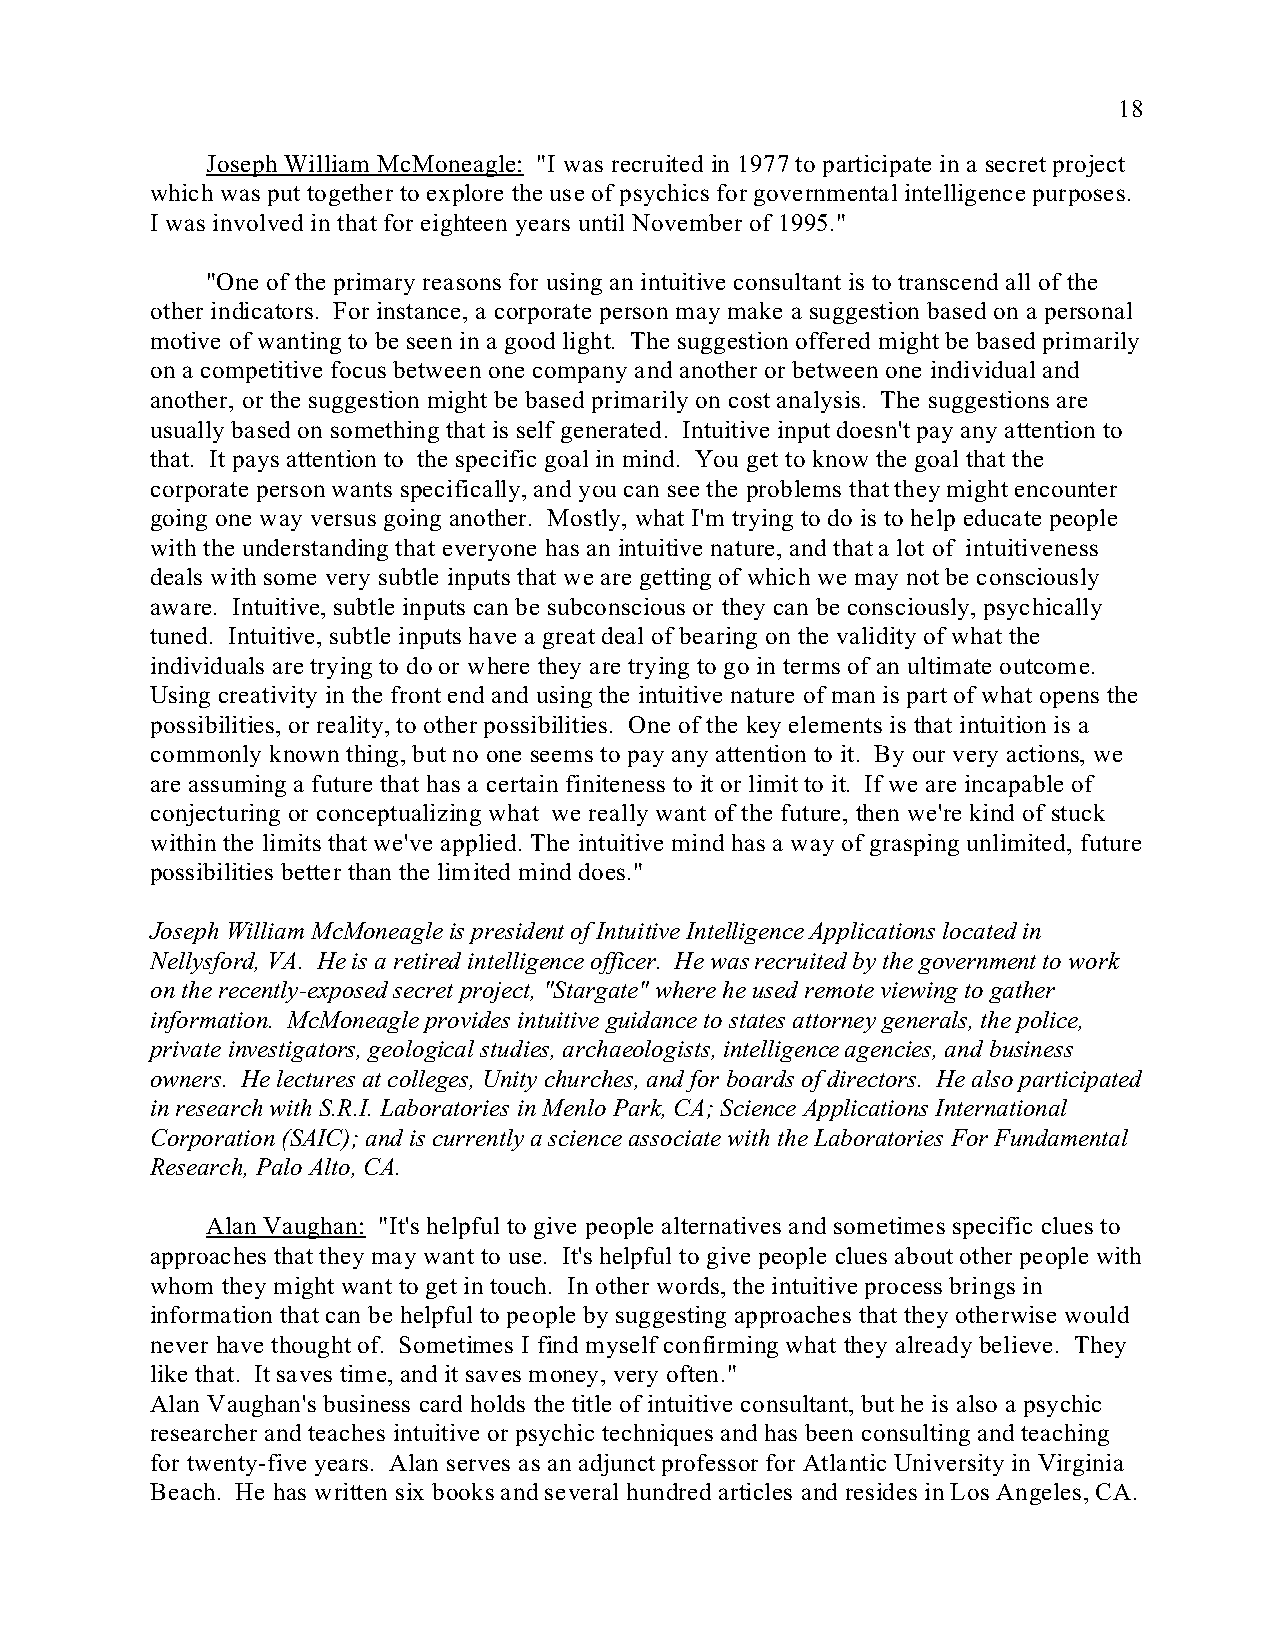
18
 Joseph William McMoneagle: "I was recruited in 1977 to participate in a secret project
 which was put together to explore the use of psychics for governmental intelligence purposes.
 I was involved in that for eighteen years until November of 1995."
 "One of the primary reasons for using an intuitive consultant is to transcend all of the
 other indicators. For instance, a corporate person may make a suggestion based on a personal
 motive of wanting to be seen in a good light. The suggestion offered might be based primarily
 on a competitive focus between one company and another or between one individual and
 another, or the suggestion might be based primarily on cost analysis. The suggestions are
 usually based on something that is self generated. Intuitive input doesn't pay any attention to
 that. It pays attention to the specific goal in mind. You get to know the goal that the
 corporate person wants specifically, and you can see the problems that they might encounter
 going one way versus going another. Mostly, what I'm trying to do is to help educate people
 with the understanding that everyone has an intuitive nature, and that a lot of intuitiveness
 deals with some very subtle inputs that we are getting of which we may not be consciously
 aware. Intuitive, subtle inputs can be subconscious or they can be consciously, psychically
 tuned. Intuitive, subtle inputs have a great deal of bearing on the validity of what the
 individuals are trying to do or where they are trying to go in terms of an ultimate outcome.
 Using creativity in the front end and using the intuitive nature of man is part of what opens the
 possibilities, or reality, to other possibilities. One of the key elements is that intuition is a
 commonly known thing, but no one seems to pay any attention to it. By our very actions, we
 are assuming a future that has a certain finiteness to it or limit to it. If we are incapable of
 conjecturing or conceptualizing what we really want of the future, then we're kind of stuck
 within the limits that we've applied. The intuitive mind has a way of grasping unlimited, future
 possibilities better than the limited mind does."
 Joseph William McMoneagle is president of Intuitive Intelligence Applications located in
 Nellysford, VA. He is a retired intelligence officer. He was recruited by the government to work
 on the recently-exposed secret project, "Stargate" where he used remote viewing to gather
 information. McMoneagle provides intuitive guidance to states attorney generals, the police,
 private investigators, geological studies, archaeologists, intelligence agencies, and business
 owners. He lectures at colleges, Unity churches, and for boards of directors. He also participated
 in research with S.R.I. Laboratories in Menlo Park, CA; Science Applications International
 Corporation (SAIC); and is currently a science associate with the Laboratories For Fundamental
 Research, Palo Alto, CA.
 Alan Vaughan: "It's helpful to give people alternatives and sometimes specific clues to
 approaches that they may want to use. It's helpful to give people clues about other people with
 whom they might want to get in touch. In other words, the intuitive process brings in
 information that can be helpful to people by suggesting approaches that they otherwise would
 never have thought of. Sometimes I find myself confirming what they already believe. They
 like that. It saves time, and it saves money, very often."
 Alan Vaughan's business card holds the title of intuitive consultant, but he is also a psychic
 researcher and teaches intuitive or psychic techniques and has been consulting and teaching
 for twenty-five years. Alan serves as an adjunct professor for Atlantic University in Virginia
 Beach. He has written six books and several hundred articles and resides in Los Angeles, CA.